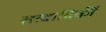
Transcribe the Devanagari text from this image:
सत्वादिकीं